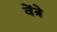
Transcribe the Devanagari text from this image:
वेंत्रे